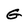
Character: G